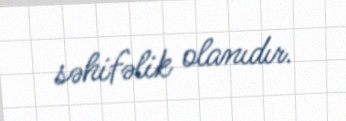
səhifəlik olanıdır.